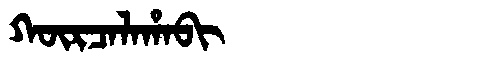
Manchu: ᡴᡡᡵᠴᠠᠯᠠᡥᠠᠪᡳ
Romanization: KŪRCALAHABI